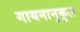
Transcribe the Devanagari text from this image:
गायनानुकूल